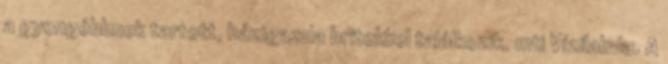
a gyengébbnek tartott, házigazda britekkel találkozik. mti Vízilabda. A